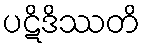
ပဋိဒိဿတိ